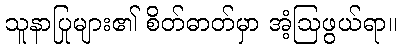
သူနာပြုများ၏ စိတ်ဓာတ်မှာ အံ့ဩဖွယ်ရာ။